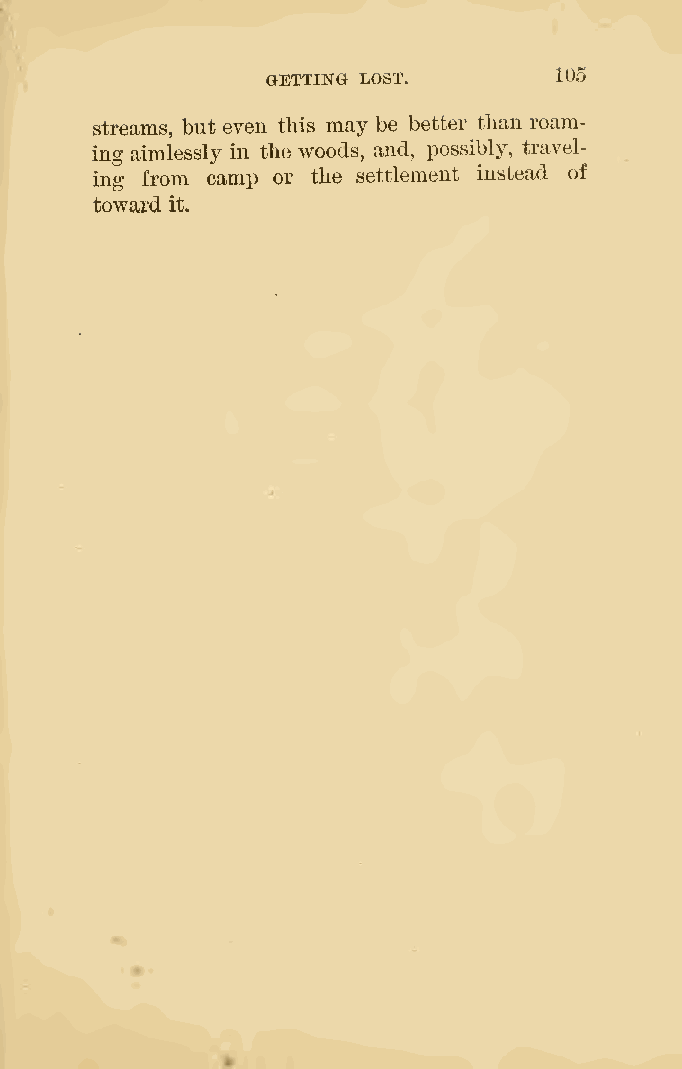
GETTING LOST.      105
 streams, but even this may be better than roam-
 ing aimlessly in the woods, and, possibly, travel-
 ing from camp or the settlement instead of
 toward it.